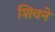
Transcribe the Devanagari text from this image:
शिवने